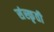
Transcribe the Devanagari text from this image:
संस्कृती